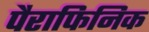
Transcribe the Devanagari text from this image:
पैराफिनिक